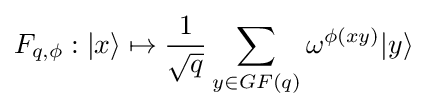
F_{q,\phi }:|x\rangle \mapsto {\frac {1}{\sqrt {q}}}\sum _{y\in GF(q)}\omega ^{\phi (xy)}|y\rangle